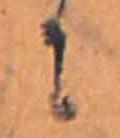
に